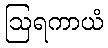
ဩရကာယံ